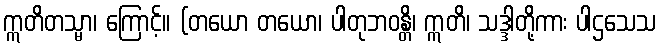
ဣတိတသ္မာ၊ ကြောင့်။ (တယော တယော၊ ပါတုဘဝန္တိ၊ ဣတိ၊ သဒ္ဒါတို့ကား ပါဌသေသ